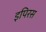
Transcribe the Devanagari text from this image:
इपिरस